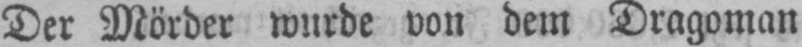
Der Mörder wurde von dem Dragoman